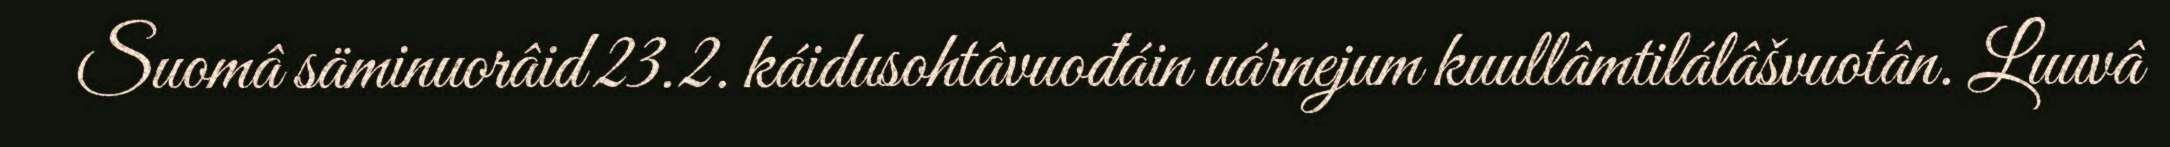
Suomâ säminuorâid 23.2. káidusohtâvuođáin uárnejum kuullâmtilálâšvuotân. Luuvâ